Scottish Certificate of Education, 1963
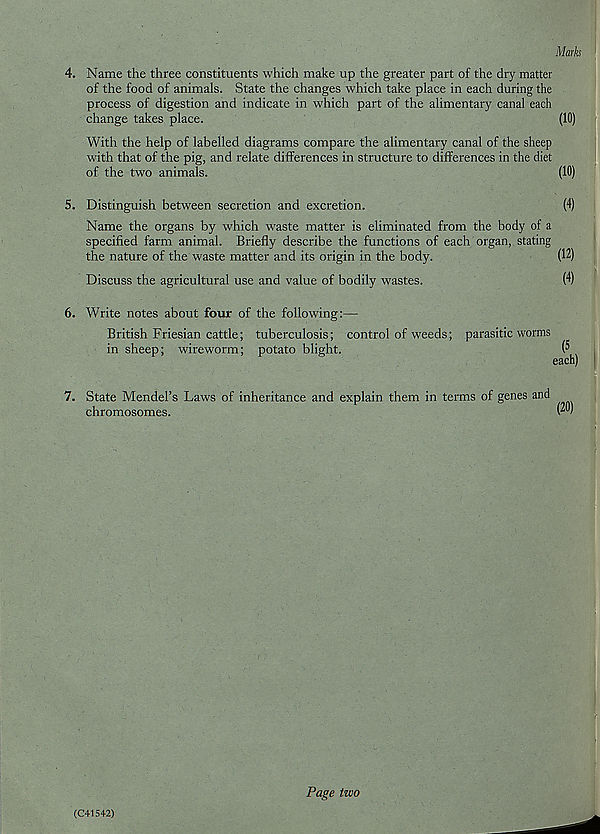
Marks
4. Name the three constituents which make up the greater part of the dry matter
of the food of animals. State the changes which take place in each during the
process of digestion and indicate in which part of the alimentary canal each
change takes place.
(10)
With the help of labelled diagrams compare the alimentary canal of the sheep
with that of the pig, and relate differences in structure to differences in the diet
of the two animals.
(10)
5. Distinguish between secretion and excretion.
(4)
Name the organs by which waste matter is eliminated from the body of a
specified farm animal. Briefly describe the functions of each organ, stating
the nature of the waste matter and its origin in the body.
(12)
Discuss the agricultural use and value of bodily wastes.
(4)
6. Write notes about four of the following:—
British Friesian cattle; tuberculosis; control of weeds; parasitic worms
in sheep; wireworm; potato blight.
(5 ,
7. State Mendel’s Laws of inheritance and explain them in terms of genes and
chromosomes.
(C41542)
Page two